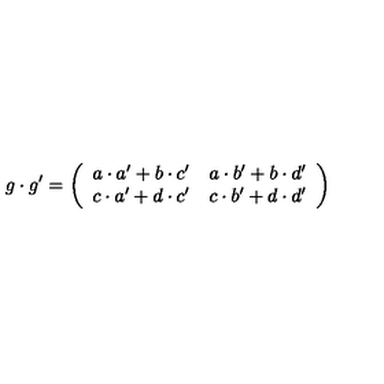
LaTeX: g \cdot g ^ { \prime } = \left( \begin{array} { r r } { a \cdot a ^ { \prime } + b \cdot c ^ { \prime } } & { a \cdot b ^ { \prime } + b \cdot d ^ { \prime } } \\ { c \cdot a ^ { \prime } + d \cdot c ^ { \prime } } & { c \cdot b ^ { \prime } + d \cdot d ^ { \prime } } \\ \end{array} \right)